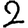
Digit: 2